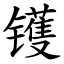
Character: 镬